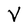
Character: V